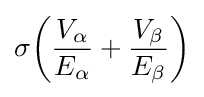
\sigma {\biggl (}{\frac {V_{\alpha }}{E_{\alpha }}}+{\frac {V_{\beta }}{E_{\beta }}}{\biggr )}